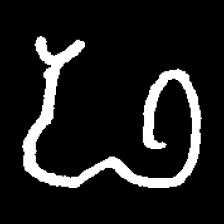
Pyu character \u2014 Myanmar letter: ဖ (romanized: pha)